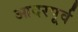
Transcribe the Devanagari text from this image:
आदरपूर्व